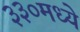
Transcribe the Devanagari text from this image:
३३०मध्ये